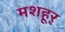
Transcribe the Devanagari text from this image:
मशहूर्